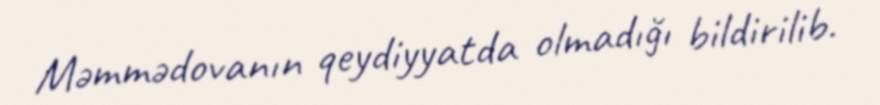
Məmmədovanın qeydiyyatda olmadığı bildirilib.